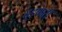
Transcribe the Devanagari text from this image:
बुडणारी